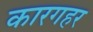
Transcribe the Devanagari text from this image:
कारगहर